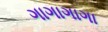
ગાગાગાગા